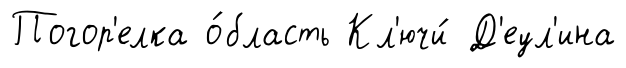
Погор'елка о́бласть Кл'ючи́ Д'еул'ина